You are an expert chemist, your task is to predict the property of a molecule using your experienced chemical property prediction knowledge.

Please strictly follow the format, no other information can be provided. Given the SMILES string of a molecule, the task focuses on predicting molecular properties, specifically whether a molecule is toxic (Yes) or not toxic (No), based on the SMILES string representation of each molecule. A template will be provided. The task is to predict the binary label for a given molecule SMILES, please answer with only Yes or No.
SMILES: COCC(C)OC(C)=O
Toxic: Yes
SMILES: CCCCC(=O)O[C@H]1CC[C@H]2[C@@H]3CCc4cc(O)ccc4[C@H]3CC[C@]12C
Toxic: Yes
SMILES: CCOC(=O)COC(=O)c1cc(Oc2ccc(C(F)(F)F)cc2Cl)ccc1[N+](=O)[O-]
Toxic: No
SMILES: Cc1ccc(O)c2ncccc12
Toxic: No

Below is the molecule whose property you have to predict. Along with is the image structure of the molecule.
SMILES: O=C1C[C@@H]2OCC=C3CN4CC[C@]56c7ccccc7N1[C@H]5[C@H]2[C@H]3C[C@H]46
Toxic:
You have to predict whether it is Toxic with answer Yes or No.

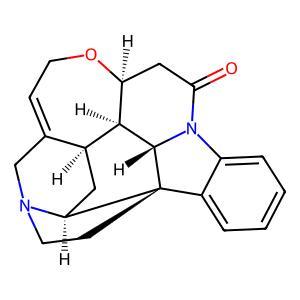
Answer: No